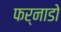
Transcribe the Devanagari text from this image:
फर्नाडो